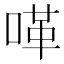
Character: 㗆